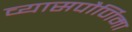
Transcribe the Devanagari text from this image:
व्यासपौर्णिमा